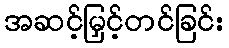
အဆင့်မြှင့်တင်ခြင်း